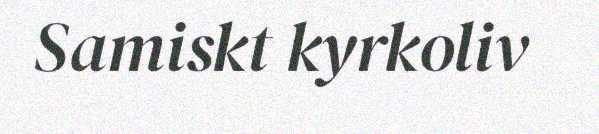
Samiskt kyrkoliv